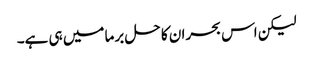
لیکن اس بحران کا حل برما میں ہی ہے۔